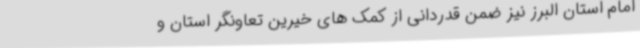
امام استان البرز نیز ضمن قدردانی از کمک های خیرین تعاونگر استان و